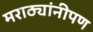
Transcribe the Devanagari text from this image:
मराठ्यांनीपण